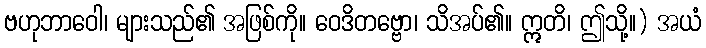
ဗဟုဘာဝေါ၊ များသည်၏ အဖြစ်ကို။ ဝေဒိတဗ္ဗော၊ သိအပ်၏။ ဣတိ၊ ဤသို့။) အယံ